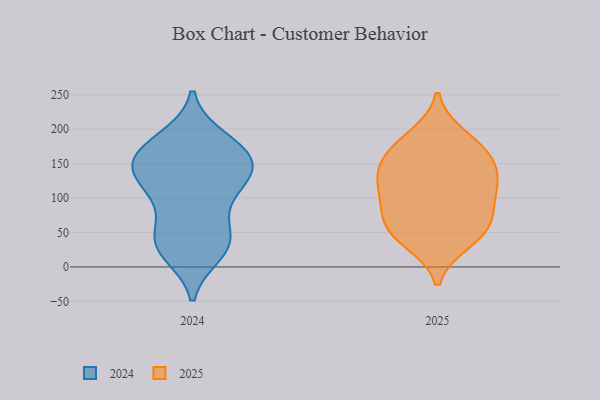
{"axis": {"x": "Energy Usage (MWh)", "y": "Value"}, "legend": ["2024", "2025"], "data": [{"x": "", "y": 166, "type": "2025"}, {"x": "", "y": 192, "type": "2025"}, {"x": "", "y": 158, "type": "2025"}, {"x": "", "y": 67, "type": "2025"}, {"x": "", "y": 82, "type": "2025"}, {"x": "", "y": 113, "type": "2025"}, {"x": "", "y": 152, "type": "2025"}, {"x": "", "y": 128, "type": "2025"}, {"x": "", "y": 53, "type": "2025"}, {"x": "", "y": 123, "type": "2025"}, {"x": "", "y": 184, "type": "2025"}, {"x": "", "y": 109, "type": "2025"}, {"x": "", "y": 38, "type": "2025"}, {"x": "", "y": 87, "type": "2025"}, {"x": "", "y": 143, "type": "2025"}, {"x": "", "y": 35, "type": "2025"}, {"x": "", "y": 59, "type": "2025"}, {"x": "", "y": 126, "type": "2024"}, {"x": "", "y": 128, "type": "2024"}, {"x": "", "y": 149, "type": "2024"}, {"x": "", "y": 164, "type": "2024"}, {"x": "", "y": 165, "type": "2024"}, {"x": "", "y": 37, "type": "2024"}, {"x": "", "y": 153, "type": "2024"}, {"x": "", "y": 102, "type": "2024"}, {"x": "", "y": 138, "type": "2024"}, {"x": "", "y": 183, "type": "2024"}, {"x": "", "y": 154, "type": "2024"}, {"x": "", "y": 107, "type": "2024"}, {"x": "", "y": 28, "type": "2024"}, {"x": "", "y": 35, "type": "2024"}, {"x": "", "y": 186, "type": "2024"}, {"x": "", "y": 67, "type": "2024"}, {"x": "", "y": 20, "type": "2024"}, {"x": "", "y": 38, "type": "2024"}]}